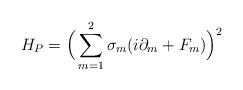
LaTeX: \begin{align*}H_P = \Big( \sum_{m=1}^2 \sigma_m (i\partial_m + F_m) \Big)^2 \end{align*}